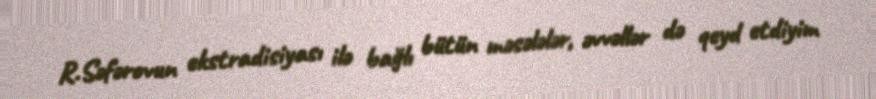
R.Səfərovun ekstradisiyası ilə bağlı bütün məsələlər, əvvəllər də qeyd etdiyim